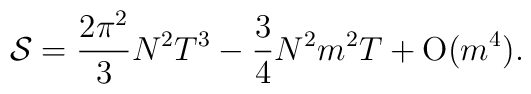
{\cal S}=\frac{2\pi^2}{3} N^2T^3-\frac{3}{4}N^2m^2T+{\rm O}(m^4).